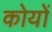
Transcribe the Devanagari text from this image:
कोयों